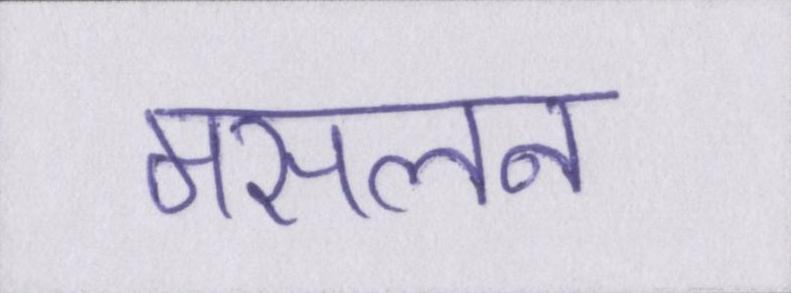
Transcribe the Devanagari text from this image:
मसलन